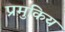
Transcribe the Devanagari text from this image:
प्रमुकिय